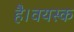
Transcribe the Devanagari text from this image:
है।वयस्क